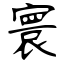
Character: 寰